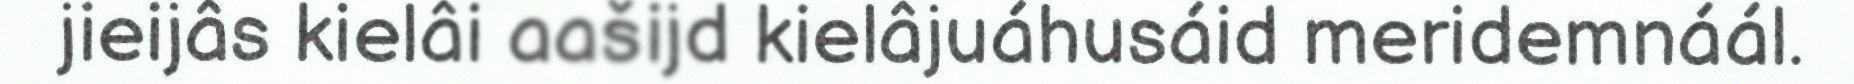
jieijâs kielâi aašijd kielâjuáhusáid meridemnáál.